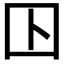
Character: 𡆥